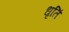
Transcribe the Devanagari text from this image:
धृतिं